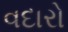
વદારો